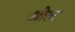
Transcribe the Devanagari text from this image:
ओल्ट